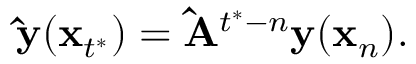
\mathbf { \hat { y } } ( \mathbf x _ { t ^ { * } } ) = \mathbf { \hat { A } } ^ { t ^ { * } - n } \mathbf { y } ( \mathbf x _ { n } ) .